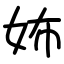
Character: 㚴